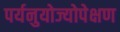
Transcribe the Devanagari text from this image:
पर्यनुयोज्योपेक्षण